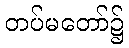
တပ်မတော်၌